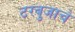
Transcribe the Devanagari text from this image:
टरबुजाचे